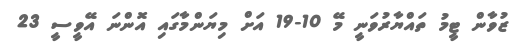
ޒުވާން ޓީމު ތައްޔާރުވަނީ މޭ 10-19 އަށް މިޔަންމާގައި އޮންނަ އޭވީސީ 23